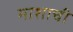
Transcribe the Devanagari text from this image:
माशाची